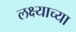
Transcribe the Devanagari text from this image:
लक्ष्याच्या